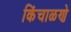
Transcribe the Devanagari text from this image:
किंचाळणे